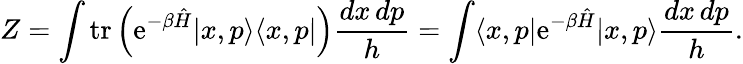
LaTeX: Z=\int\operatorname{tr}\left(\mathrm{e}^{-\beta{\hat{H}}}|x,p\rangle\langle x,p|\right){\frac{dx\, dp}{h}}=\int\langle x,p|\mathrm{e}^{-\beta{\hat{H}}}|x,p\rangle{\frac{dx\, dp}{h}}.